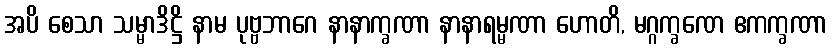
အပိ စေသာ သမ္မာဒိဋ္ဌိ နာမ ပုဗ္ဗဘာဂေ နာနာက္ခဏာ နာနာရမ္မဏာ ဟောတိ, မဂ္ဂက္ခဏေ ဧကက္ခဏာ